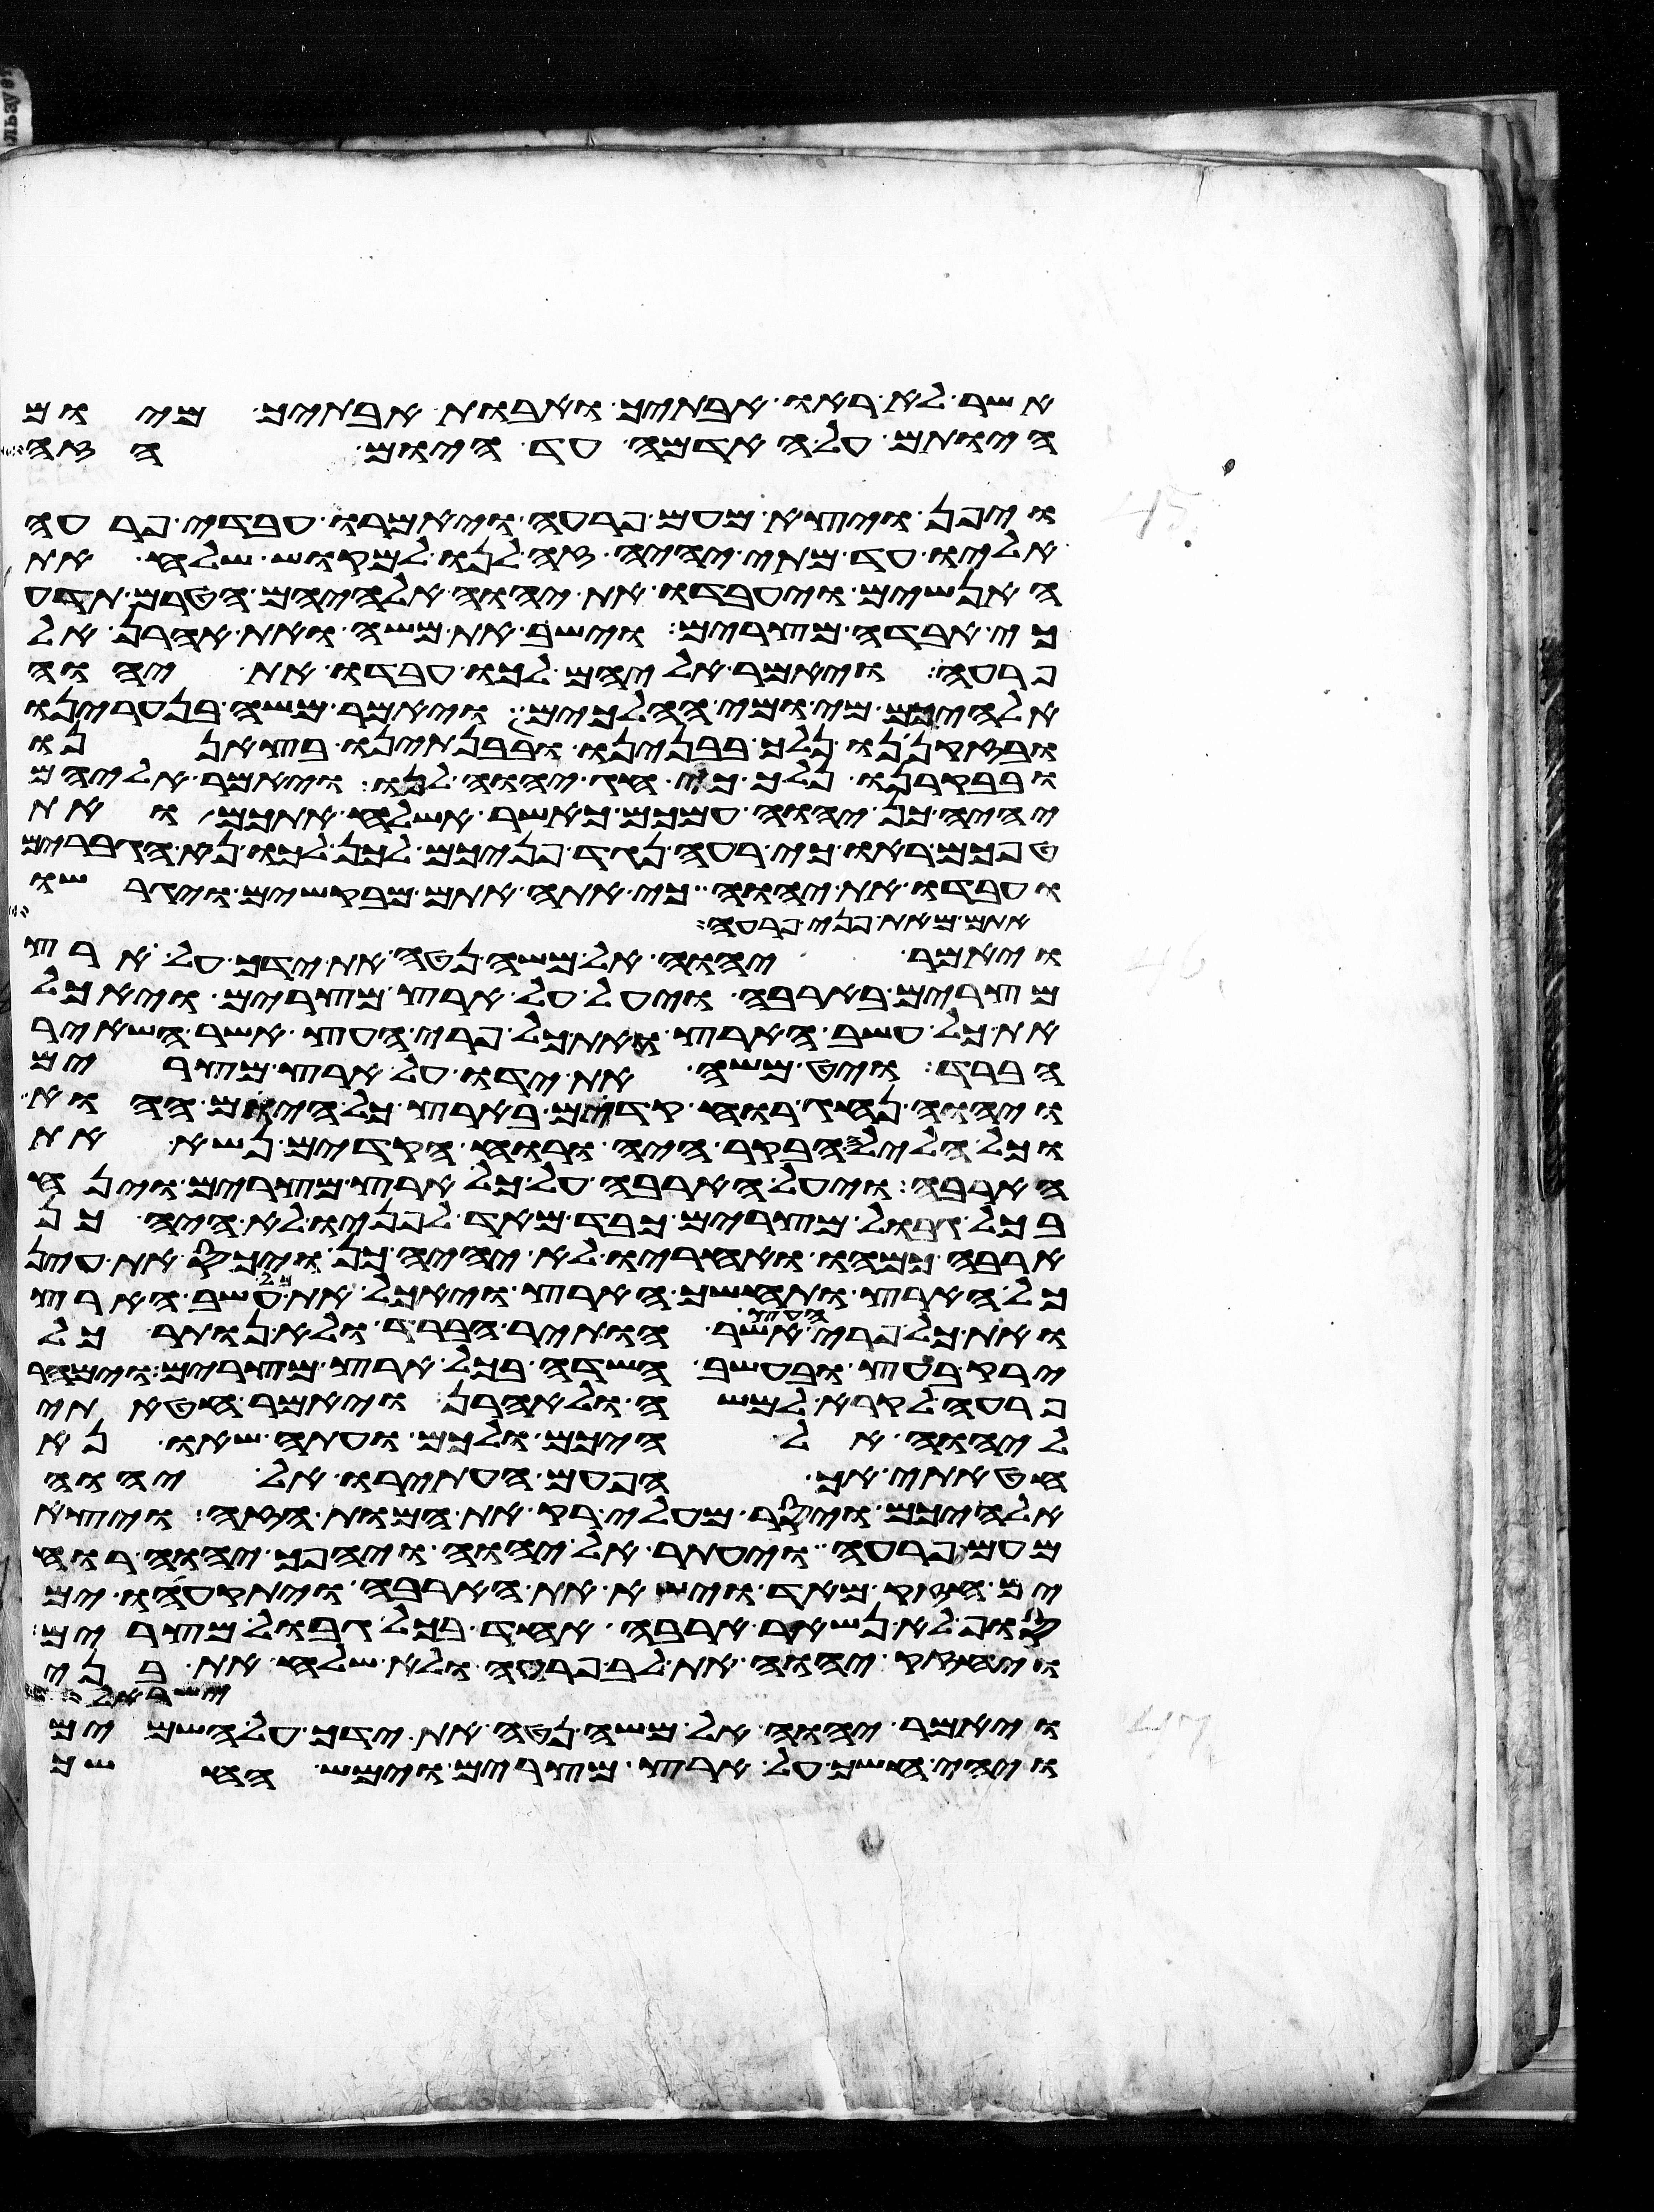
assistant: אשר לא ראו אבתיך ואבות אבתיך מיום
היותם על האדמה עד היום הזה
ויפן ויצא מעם פרעה ויאמרו עבדי פרעה
אליו עד מתי יהיה זה לנו למוקש שלח את
האנשים ויעבדו את יהוה אלהיהם הטרם תדע
כי אבדה מצרים וישב את משה ואת אהרן אל
פרעה ויאמר אליהם לכו עבדו את יהוה
אלהיכם מי ומי ההלכים ויאמר משה בנערינו
ובזקנינו נלך בבנינו ובבנתינו בצאננו
ובבקרנו נלך כי חג יהוה לנו ויאמר אליהם
יהיה כן יהוה עמכם כאשר אשלח אתכם ואת
טפכם ראו כי רעה נגד פניכם לכן לכו נא הגברים
ועבדו את יהוה כי אתה אתם מבקשים ויגרשו
אתם מאת פני פרעה
ויאמר יהוה אל משה נטה את ידך על ארץ
מצרים בארבה ויעל על ארץ מצרים ויאכל
את כל עשב הארץ ואת כל פרי העץ אשר השאיר
הברד ויט משה את ידו על ארץ מצרים
ויהוה נהג רוח קדים בארץ כל היום ההוא
וכל הלילה הבקר היה ורוח הקדים נשא את
הארבה ויעל הארבה על כל ארץ מצרים וינח
בכל גבול מצרים כבד מאד לפניו לא היה כן
ארבה כמהו ואחריו לא יהיה כן ויכס את עין
כל הארץ ותחשך הארץ ויאכל את כל עשב הארץ
ואת כל פרי העץ אשר הותיר הברד ולא נותר כל
ירק בעץ ובעשב השדה בכל ארץ מצרים וימהר
פרעה לקרא למשה ולאהרן ויאמר חטאתי
ליהוה אלהיכם ולכם ועתה שאו נא
חטאתי אך הפעם העתירו אל יהוה
אלהיכם ויסר מעלי רק את המות הזה ויצא
מעם פרעה ויעתר אל יהוה ויהפך יהוה רוח
ים חזק מאד וישא את הארבה ויתקעהו ים
סוף לא נשאר ארבה אחד בכל גבול מצרים
ויחזק יהוה את לב פרעה ולא שלח את בני
ישראל וגם
ויאמר יהוה אל משה נטה את ידך על השמים
ויהי חשך על ארץ מצרים וימש החשך